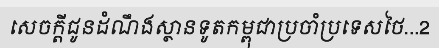
សេចក្តីជូនដំណឹងស្ថានទូតកម្ពុជាប្រចាំប្រទេសថៃ...2